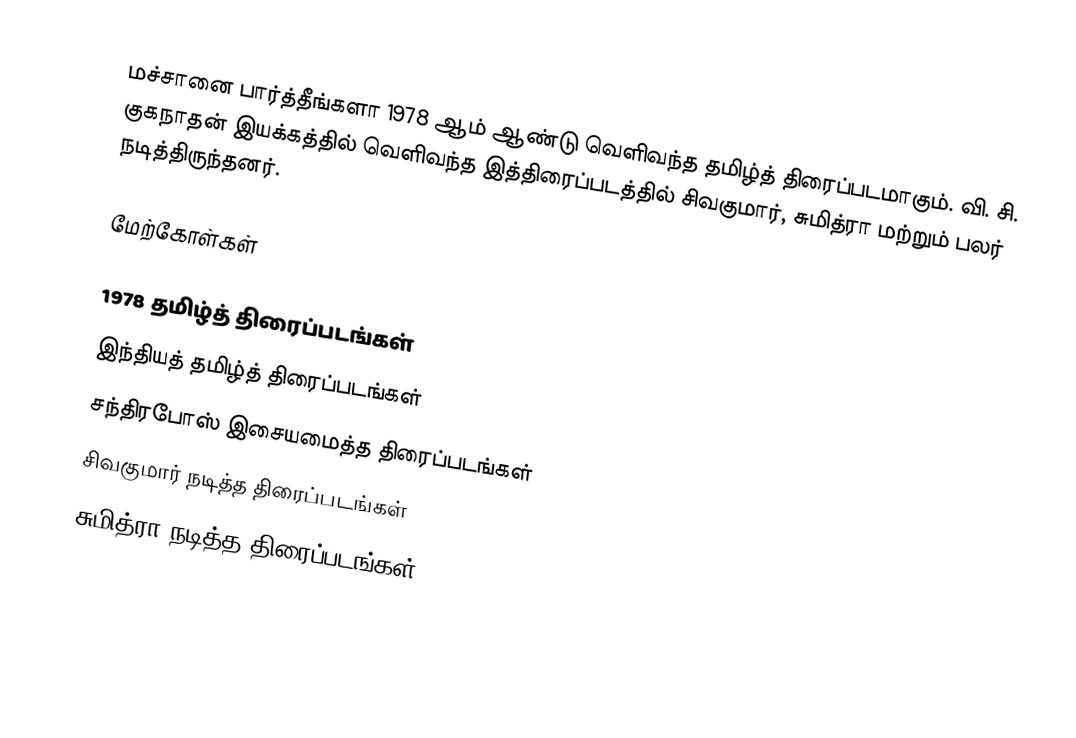
மச்சானை பார்த்தீங்களா 1978 ஆம் ஆண்டு வெளிவந்த தமிழ்த் திரைப்படமாகும். வி. சி. குகநாதன் இயக்கத்தில் வெளிவந்த இத்திரைப்படத்தில் சிவகுமார், சுமித்ரா மற்றும் பலர் நடித்திருந்தனர்.

மேற்கோள்கள்

1978 தமிழ்த் திரைப்படங்கள்
இந்தியத் தமிழ்த் திரைப்படங்கள்
சந்திரபோஸ் இசையமைத்த திரைப்படங்கள்
சிவகுமார் நடித்த திரைப்படங்கள்
சுமித்ரா நடித்த திரைப்படங்கள்